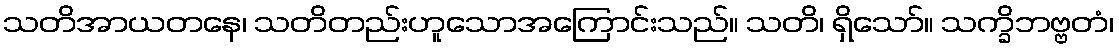
သတိအာယတနေ၊ သတိတည်းဟူသောအကြောင်းသည်။ သတိ၊ ရှိသော်။ သက္ခိဘဗ္ဗတံ၊